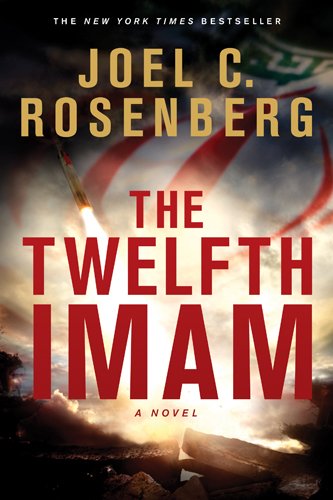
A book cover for The Twelfth Imam; Joel C. Rosenberg; Christian Books & Bibles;